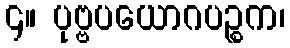
၄။ ပုဗ္ဗပယောဂပဉ္စက၊